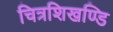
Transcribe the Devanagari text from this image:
चित्रशिखण्डि